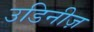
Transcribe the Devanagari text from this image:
उडिनीज़